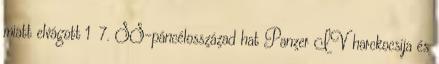
miatt elvágott 1 7. SS-páncélosszázad hat Panzer IV harckocsija és